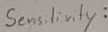
Text: Sensitivity